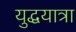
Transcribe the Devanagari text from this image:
युद्धयात्रा